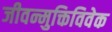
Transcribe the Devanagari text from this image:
जीवन्मुक्तिविवेक